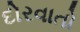
દોરવાતો